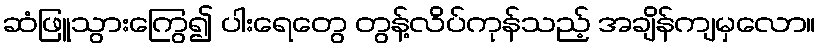
ဆံဖြူသွားကြွေ၍ ပါးရေတွေ တွန့်လိပ်ကုန်သည့် အချိန်ကျမှလော။